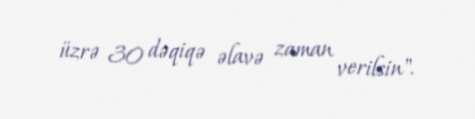
üzrə 30 dəqiqə əlavə zaman verilsin".